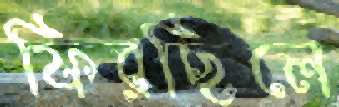
ফিরছিলে